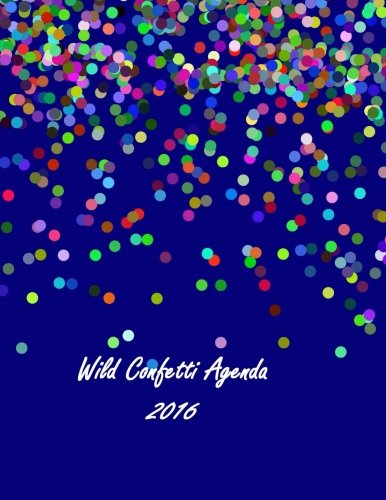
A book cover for Wild Confetti Agenda 2016: 16-month Large Agenda; Calendar, Diary and Planner; Ciparum llc; Business & Money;